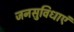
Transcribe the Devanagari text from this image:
जनसुविधाएं